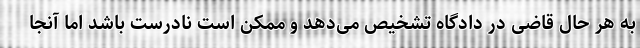
به هر حال قاضی در دادگاه تشخیص می‌دهد و ممکن است نادرست باشد اما آنجا